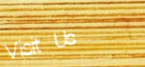
Visit Us